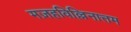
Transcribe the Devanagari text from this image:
मज़हविल्लिनात्तम